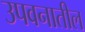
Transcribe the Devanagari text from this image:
उपवनातील